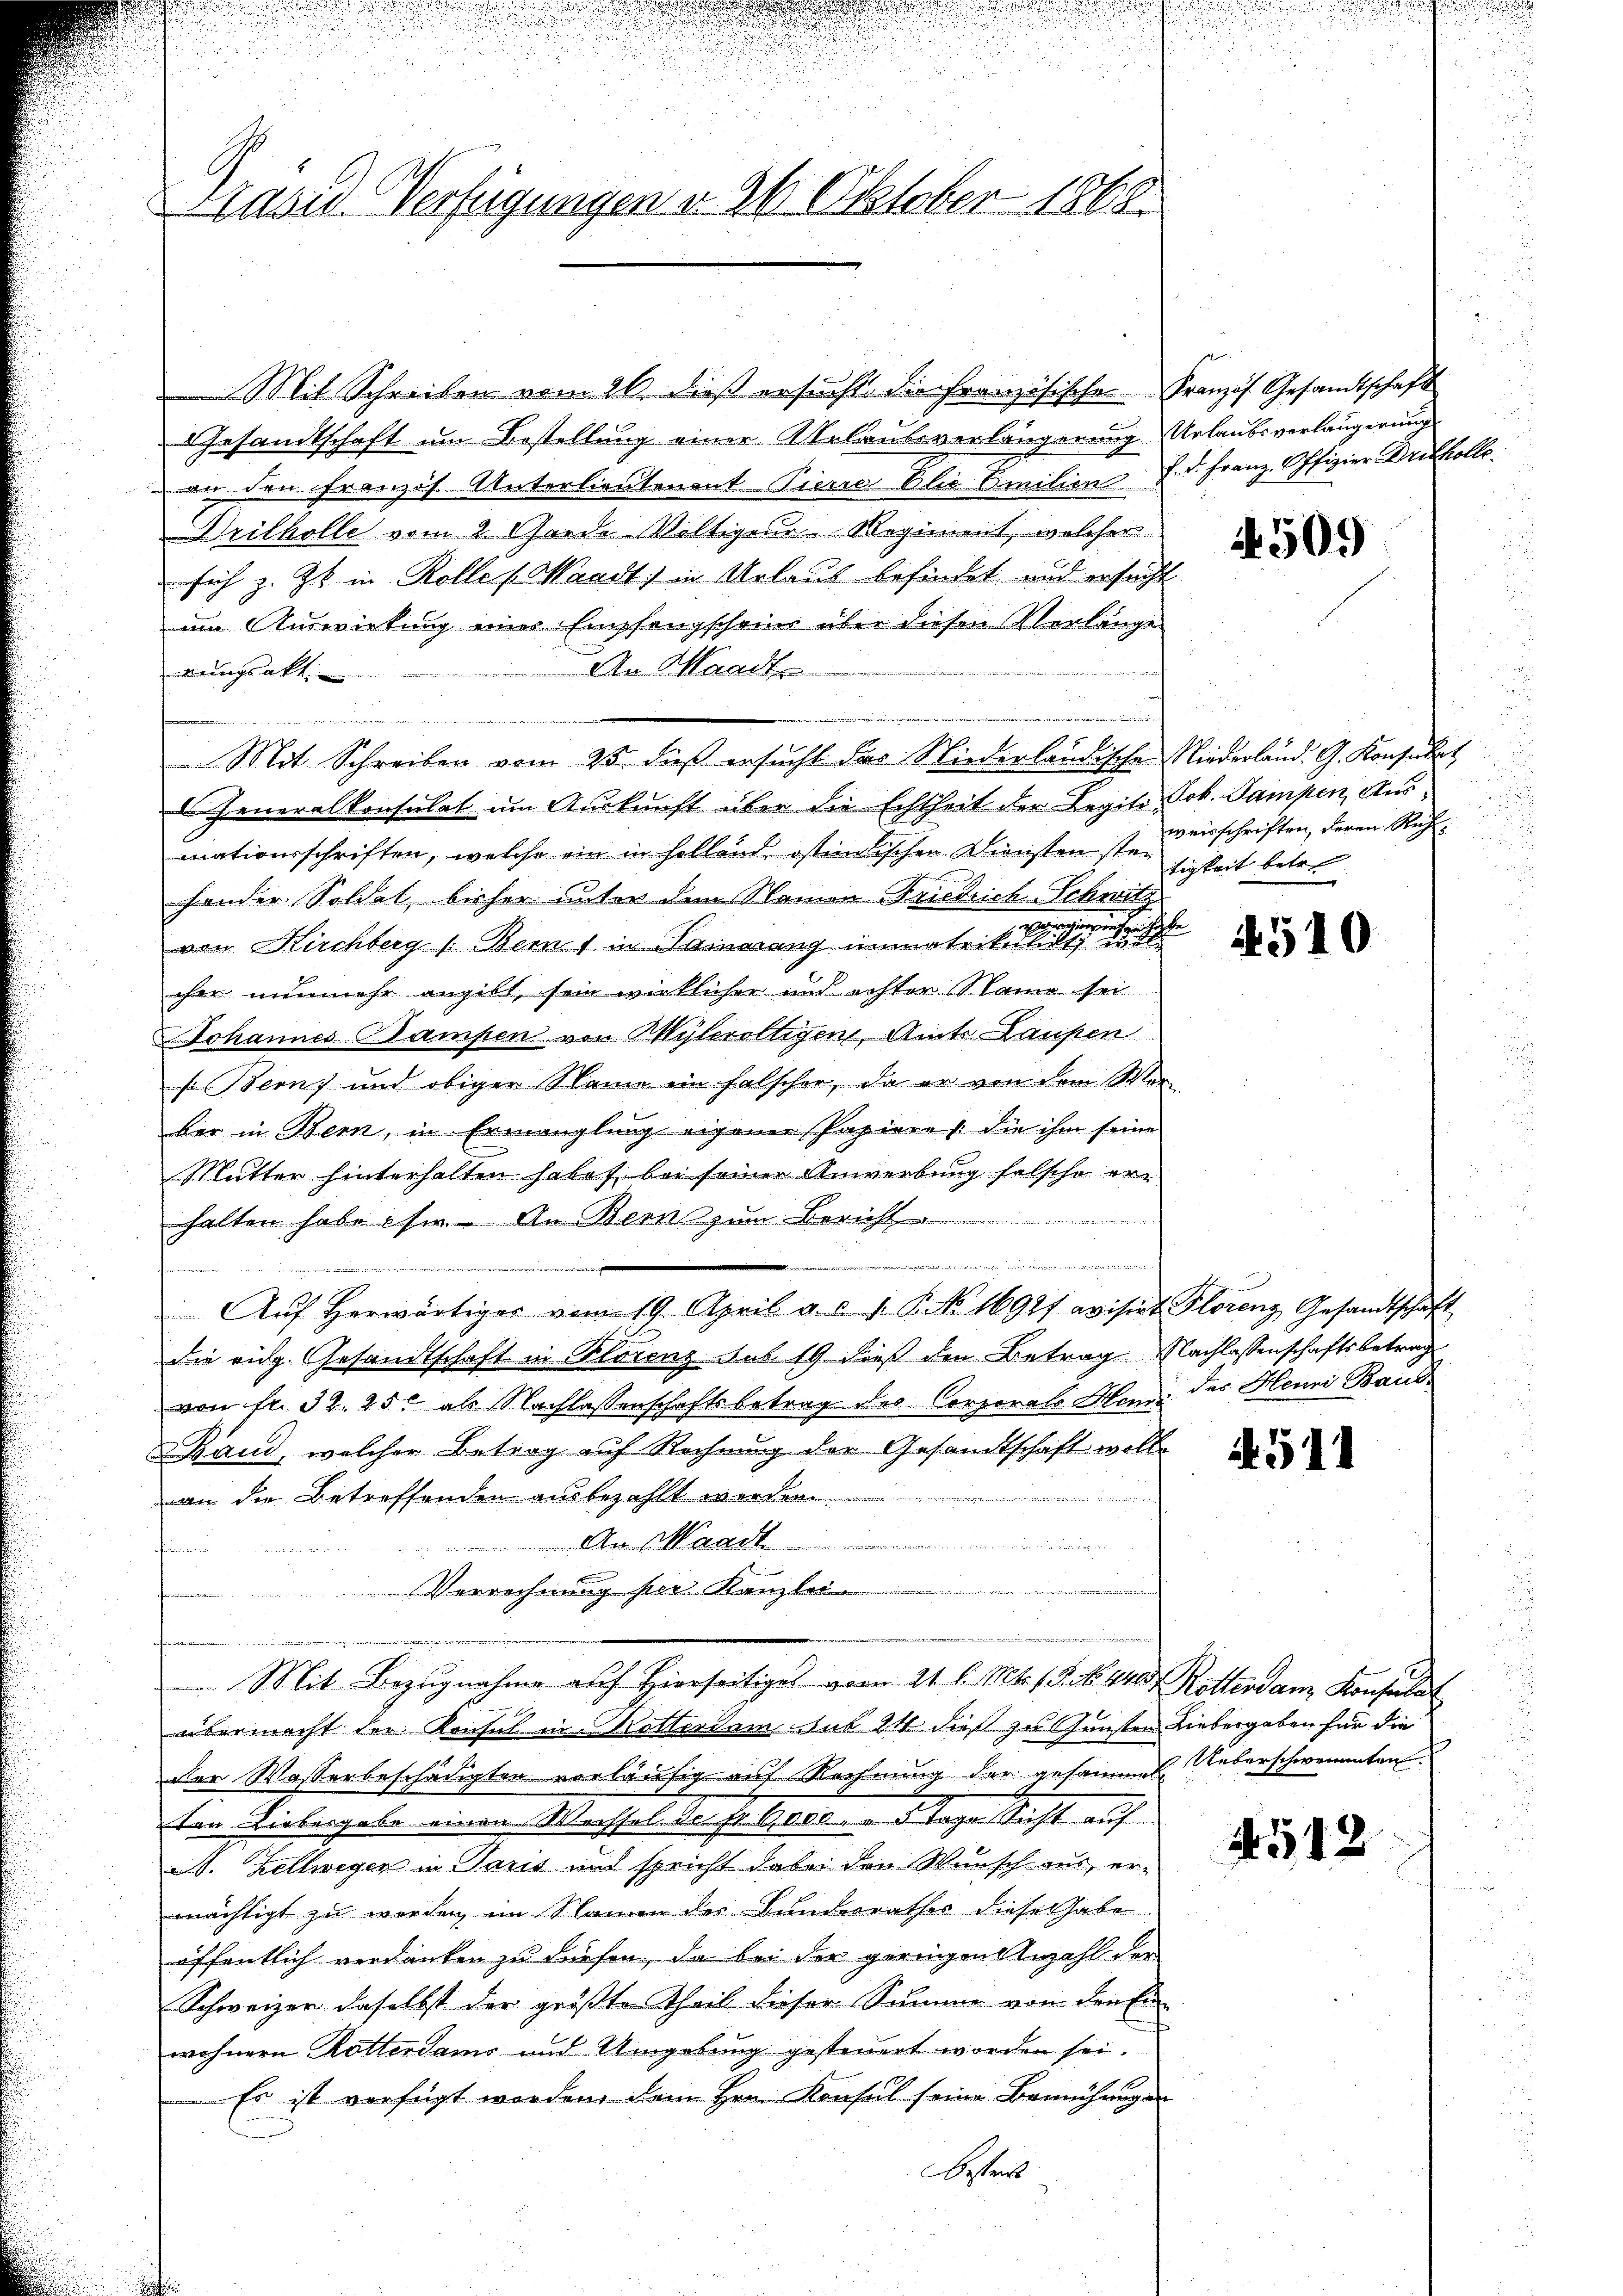
Präses Verfügungen d. 26 Oktober 1868.

Mit Schreiben vom 26. dieß ersucht die Französische
Gesandtschaft um Bestellung einer Urlaubsverlängerung
on den Französ. Unterlieutenant Pierre Elie Emilien
Brilholle vom 2 Garde Voltigeur Regiment, welcher
sich z. Zt. in Rolles Waadt in Urlaus befindet, und ersucht
im Auswirkung einer Empfangscheins über diesen Verlänge
An Waadt
rungsaktie
as des von der
Mit Schreiben vom 25. dieß ersucht das Niederländische
Generalkonsulat um Auskunft über die Echtheit der Legiti-
mationsschriften, welche ein in sollend istindischen Diensten stei
hander Soldat, bisher unter dem Namen Friedrich-Schwitz
von Kirchberg (Berns in Samarang immatriken eine
cher nunmehr angibt, sein wirklicher und echter Name sei
Johannes Bampen von Wyleroltigen, Amts Laufen
so Berns und obiger Name ein falscher, da er von dem Werber in Bern, in Ermanglung eigener Papiere /: die ihm seine
Mutter hinterhalten habet bei seiner Anwerbung falsche er-
halten habe ihm. An Berns zum Bericht
Aŭf herwärtiger vom 19. April a. c. 1. P. No. 16921 avisirt Florenz Gesandtschaft
die rich. Gesandtschaft in Plorenz sub 19 dieß den Betrag Nachlassenschaftsbetrag
von fr. 32. 25. als Nachlassenschaftsbetrag des Corporals Mann des Henni Baue
Band, welcher Betrag auf Rechnung der Gesandtschaft woll
an die Betreffenden ausbezahlt werden
rnach
u
firmen
d
Verrechnung per Kanzlei.
 Mit Bezugnahme auf Hierseitiges vom 21. l. Mts. 18. No. 440. Rotterdam Konsulat
übermacht der Konsul in Kotterdam sub 24 dieß zu Gunsten Liebesgaben für die
der Wasserbeschädigten vorläufig auf Rechnung der gesammen. Ueberschwementen.
ton Liebergabe einen Wechsel de fr. Boco. " 5 Tage Sicht auf
. Zellwegen in Paris und spricht dabei den Wunsch aus, ermächtigt zu werden im Namen des Bunderrathes diesen habe
öffentlich verdanken zu dürfen, da bei der geringen Anzahl der
Schweizer daselbst der größte Theil dieser Summe von den En
wohnern Rotterdams und Umgebung gesteuert worden sei.
Es ist verfügt worden dem Hrn. Konsul seine Bemühunge
besteil

Französ. Gesandtschaft
Urlaubsverlängerung
f. Dr. Franz. Offizier Dritkolle.

1509

Niederland. G. Konsulat
Joh. Sampen Aus-
weisschriften, deren Rech
tigkeit betre

510

A. 511

4512